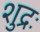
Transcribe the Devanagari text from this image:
शुद्रः